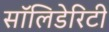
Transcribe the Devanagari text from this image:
सॉलिडेरिटी